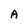
Character: A